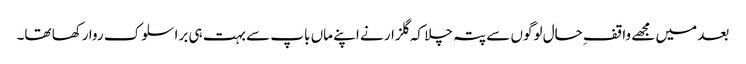
بعد میں مجھے واقفِ حال لوگوں سے پتہ چلا کہ گلزار نے اپنے ماں باپ سے بہت ہی برا سلوک روا رکھا تھا۔